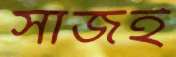
সাজই